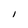
Character: I